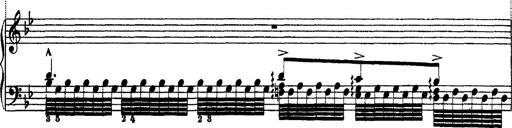
Title: Ã‰tudes d'exÃ©cution transcendante d'aprÃ¨s Paganini
Composer: Franz Liszt